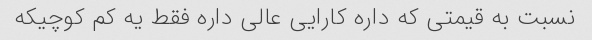
نسبت به قیمتی که داره کارایی عالی داره فقط یه کم کوچیکه